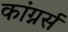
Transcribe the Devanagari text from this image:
कांग्नर्स